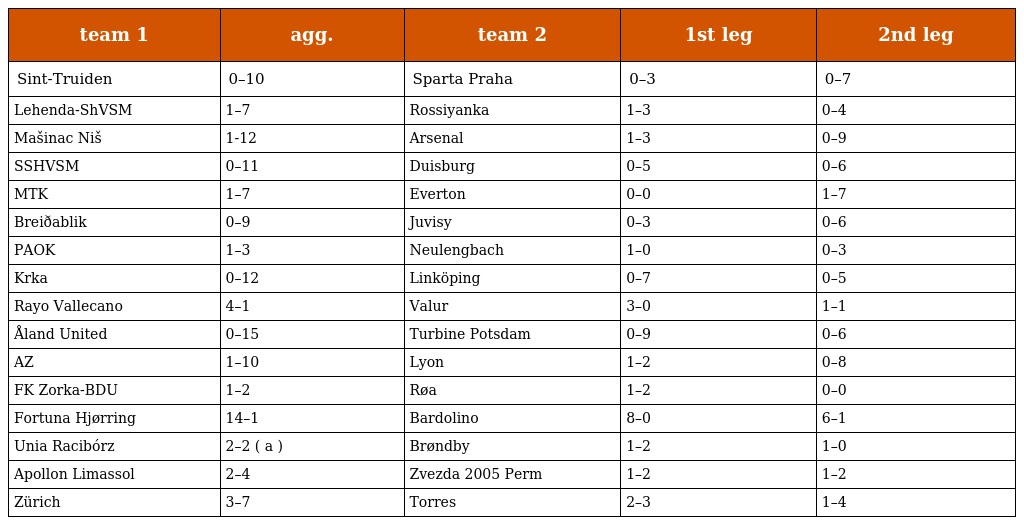
| team 1 | agg. | team 2 | 1st leg | 2nd leg |
 | --- | --- | --- | --- | --- |
 | Sint-Truiden | 0–10 | Sparta Praha | 0–3 | 0–7 |
 | Lehenda-ShVSM | 1–7 | Rossiyanka | 1–3 | 0–4 |
 | Mašinac Niš | 1-12 | Arsenal | 1–3 | 0–9 |
 | SSHVSM | 0–11 | Duisburg | 0–5 | 0–6 |
 | MTK | 1–7 | Everton | 0–0 | 1–7 |
 | Breiðablik | 0–9 | Juvisy | 0–3 | 0–6 |
 | PAOK | 1–3 | Neulengbach | 1–0 | 0–3 |
 | Krka | 0–12 | Linköping | 0–7 | 0–5 |
 | Rayo Vallecano | 4–1 | Valur | 3–0 | 1–1 |
 | Åland United | 0–15 | Turbine Potsdam | 0–9 | 0–6 |
 | AZ | 1–10 | Lyon | 1–2 | 0–8 |
 | FK Zorka-BDU | 1–2 | Røa | 1–2 | 0–0 |
 | Fortuna Hjørring | 14–1 | Bardolino | 8–0 | 6–1 |
 | Unia Racibórz | 2–2 ( a ) | Brøndby | 1–2 | 1–0 |
 | Apollon Limassol | 2–4 | Zvezda 2005 Perm | 1–2 | 1–2 |
 | Zürich | 3–7 | Torres | 2–3 | 1–4 |